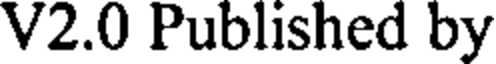
V2.0 Published by